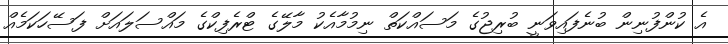
އެ ކުންފުނިން ބުނެފައިވަނީ ބުރިޖުގެ މަސައްކަތް ނިމުމާއެކު މާލޭގެ ޓްރެފިކްގެ މައްސަލައަށް ފަސޭހަކަމެއް